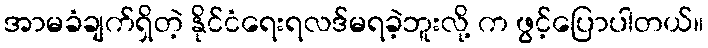
အာမခံချက်ရှိတဲ့ နိုင်ငံရေးရလဒ်မရခဲ့ဘူးလို့ က ဖွင့်ပြောပါတယ်။